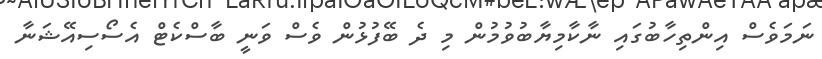
ނަމަވެސް އިންތިހާބުގައި ނާކާމިޔާބުވުމުން މި ދެ ބޭފުޅުން ވެސް ވަނީ ބާސްކެޓް އެސޯސިއޭޝަނާ